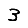
Digit: 3